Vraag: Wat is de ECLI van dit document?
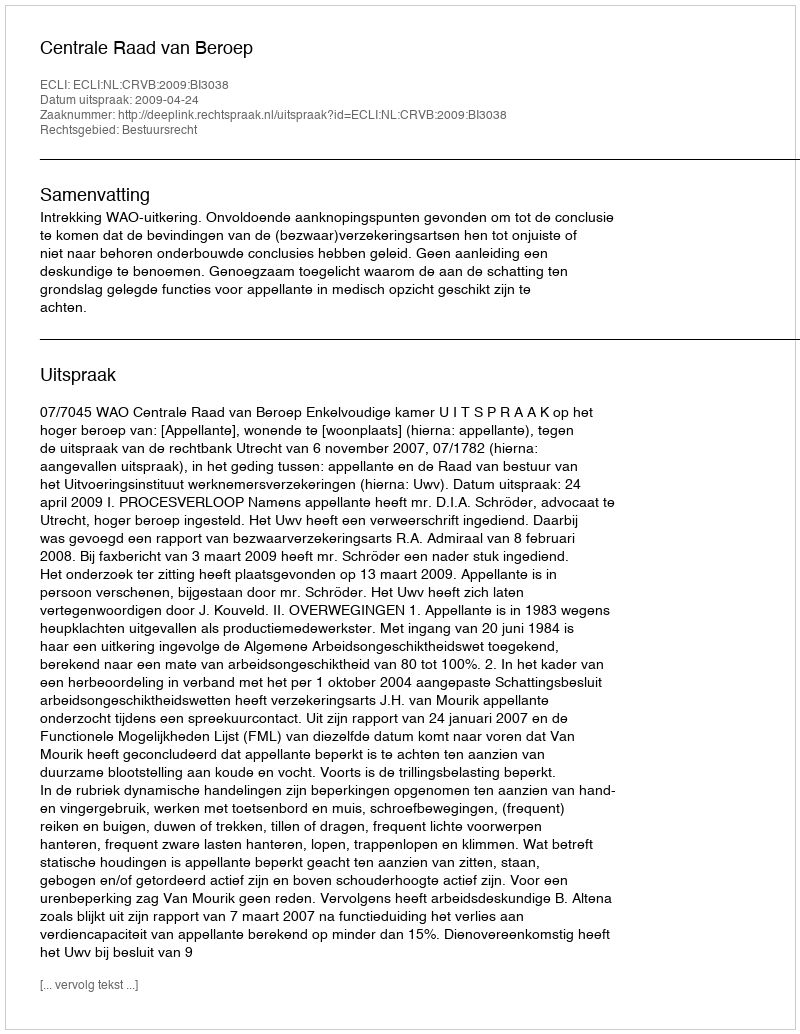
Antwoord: ECLI:NL:CRVB:2009:BI3038